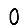
Digit: 0